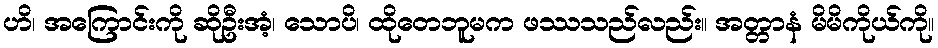
ဟိ၊ အကြောင်းကို ဆိုဦးအံ့၊ သောပိ၊ ထိုတေဘူမက ဖဿသည်လည်း။ အတ္တာနံ မိမိကိုယ်ကို။